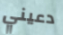
دعيني